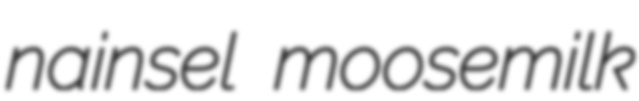
nainsel moosemilk